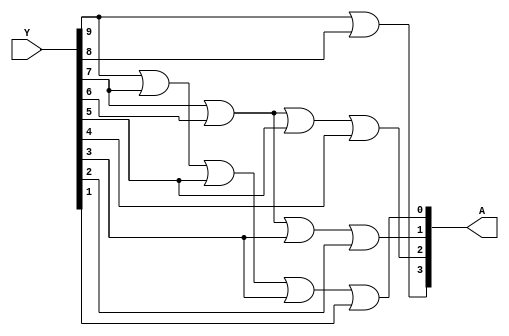
module Encoder_BCD(Y,A);

input [9:0]Y;
output [3:0]A;

or O3(A[3],Y[9],Y[8]);
or O2(A[2],Y[7],Y[6],Y[5],Y[4]);
or O1(A[1],Y[7],Y[6],Y[3],Y[2]);
or O0(A[0],Y[9],Y[7],Y[5],Y[3],Y[1]);

endmodule